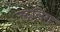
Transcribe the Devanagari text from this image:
स्ट्रलिंग